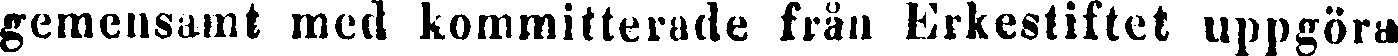
gemensamt med kornmitterade från Erkestiftet uppgöra